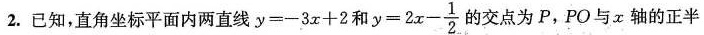
2.已知，直角坐标平面内两直线$$y = - 3 x + 2$$和$$y = 2 x - \frac { 1 } { 2 }$$ 的交点为P，PO与x轴的正半